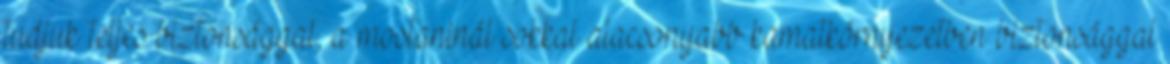
tudjuk teljes biztonsággal, a mostaninál sokkal alacsonyabb kamatkörnyezetben biztonsággal